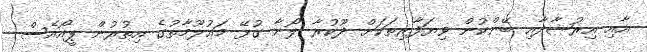
އާއި އިރުޝާދާއި ބޭންކުން ވިޔަފާރިތަކަށް ދޫކުރާ ލޯނާ ގުޅޭ މައުލޫމާތުގެ އިތުރުން ޕީއޯއެސް